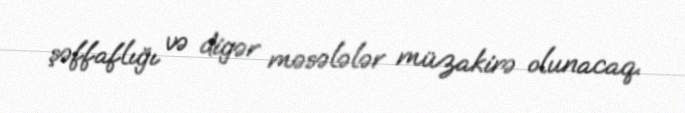
şəffaflığı və digər məsələlər müzakirə olunacaq.